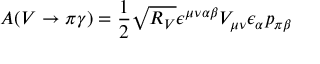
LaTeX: A ( V \rightarrow \pi \gamma ) = { \frac { 1 } { 2 } } \sqrt { R _ { V } } \epsilon ^ { \mu \nu \alpha \beta } V _ { \mu \nu } \epsilon _ { \alpha } p _ { \pi \beta }